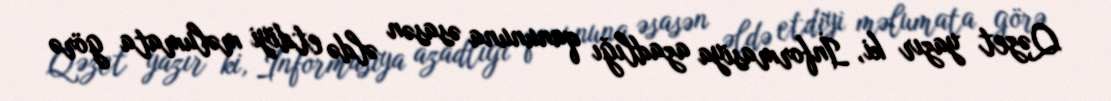
Qəzet yazır ki, İnformasiya azadlığı qanununa əsasən əldə etdiyi məlumata görə